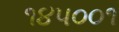
૧૪૫૦૦૧